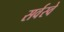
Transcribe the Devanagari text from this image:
सर्वस्वे